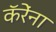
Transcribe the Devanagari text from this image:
कॅरेंना